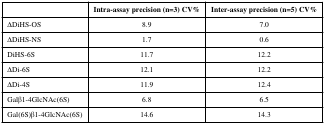
<table><thead><tr><td></td><td><b>Intra-assay precision (n=3) CV%</b></td><td><b>Inter-assay precision (n=5) CV%</b></td></tr></thead><tbody><tr><td>ΔDiHS-OS</td><td>8.9</td><td>7.0</td></tr><tr><td>ΔDiHS-NS</td><td>1.7</td><td>0.6</td></tr><tr><td>DiHS-6S</td><td>11.7</td><td>12.2</td></tr><tr><td>ΔDi-6S</td><td>12.1</td><td>12.2</td></tr><tr><td>ΔDi-4S</td><td>11.9</td><td>12.4</td></tr><tr><td>Galβ1-4GlcNAc(6S)</td><td>6.8</td><td>6.5</td></tr><tr><td>Gal(6S)β1-4GlcNAc(6S)</td><td>14.6</td><td>14.3</td></tr></tbody></table>